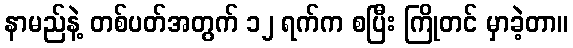
နာမည်နဲ့ တစ်ပတ်အတွက် ၁၂ ရက်က စပြီး ကြိုတင် မှာခဲ့တာ။